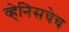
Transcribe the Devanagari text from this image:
व्हेनिसचेच